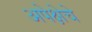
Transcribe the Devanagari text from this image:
अपेक्षेचे